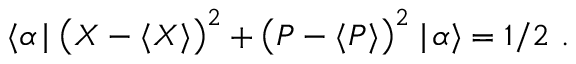
\langle \alpha \! \mid \left( { X } - \langle X \rangle \right) ^ { 2 } + \left( { P } - \langle P \rangle \right) ^ { 2 } \mid \! \alpha \rangle = 1 / 2 ~ .